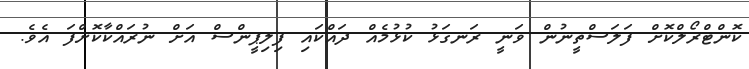
ކޮންޓްރޯލްކޮށް ފަލަސްތީނުން ވަނީ ރަނގަޅު ކުޅުމެއް ދައްކައި ފިލިޕީންސް އަށް ނުރައްކާކޮށްފަ އެވެ.